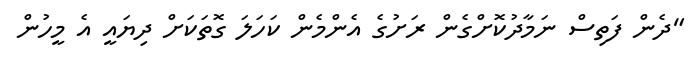
"ދެން ފަތިސް ނަމާދުކޮށްގެން ރަށުގެ އެންމެން ކަހަލަ ގޮތަކަށް ދިޔައީ އެ މީހުން